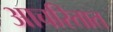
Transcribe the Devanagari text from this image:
आचरितात